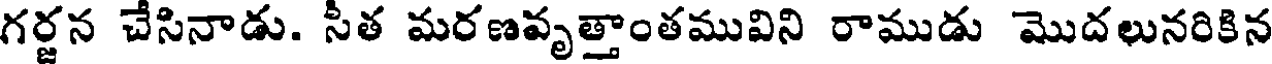
గర్జన చేసినాడు. సీత మరణవృత్తాంతమువిని రాముడు మొదలునరికిన